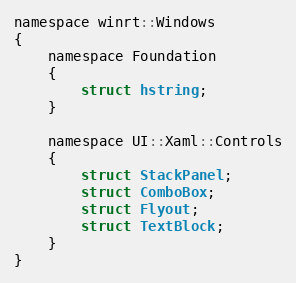
Language: C
namespace winrt::Windows
{
    namespace Foundation
    {
        struct hstring;
    }

    namespace UI::Xaml::Controls
    {
        struct StackPanel;
        struct ComboBox;
        struct Flyout;
        struct TextBlock;
    }
}